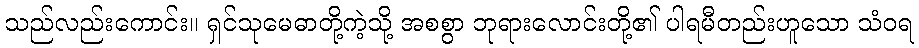
သည်လည်းကောင်း။ ရှင်သုမေဓာတို့ကဲ့သို့ အစစွာ ဘုရားလောင်းတို့၏ ပါရမီတည်းဟူသော သံဝရ